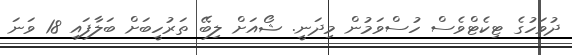
ދުވަހުގެ ޓިކެޓްވެސް ހުސްވަމުން މިދަނީ. ޝޯއަށް ލިބޭ ތަރުހީބަށް ބަލާފައި 18 ވަނަ